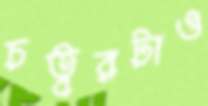
চত্বরটাও